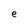
Character: n